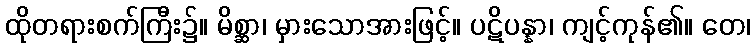
ထိုတရားစက်ကြီး၌။ မိစ္ဆာ၊ မှားသောအားဖြင့်။ ပဋိပန္နာ၊ ကျင့်ကုန်၏။ တေ၊